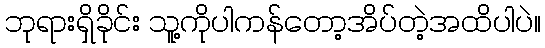
ဘုရားရှိခိုင်း သူ့ကိုပါကန်တော့အိပ်တဲ့အထိပါပဲ။